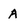
Character: A